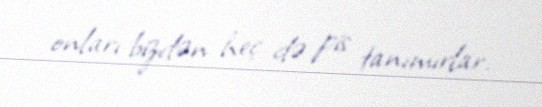
onları bizdən heç də pis tanımırlar.